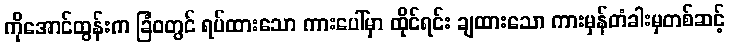
ကိုအောင်ထွန်းက ခြံဝတွင် ရပ်ထားသော ကားပေါ်မှာ ထိုင်ရင်း ချထားသော ကားမှန်တံခါးမှတစ်ဆင့်